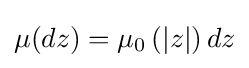
\mu (dz)=\mu _{0}\left(|z|\right)dz